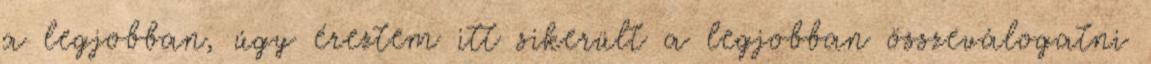
a legjobban, úgy éreztem itt sikerült a legjobban összeválogatni